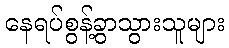
နေရပ်စွန့်ခွာသွားသူများ